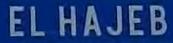
ELHAJEB